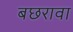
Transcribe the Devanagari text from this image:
बछरावा